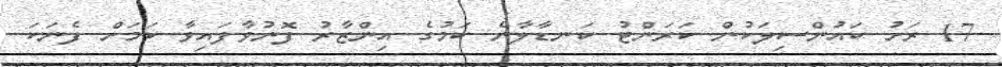
17 ރަށު ކައުންސިލަކުން ކަރަންޓު ކަނޑާލާނެ ކަމުގެ އިންޒާރު ފޮނުވާފައިވާ ކަމަށް ފެނަކަ